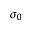
\sigma _ { 0 }